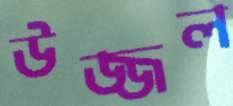
উজ্জল